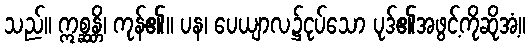
သည်။ ဣစ္ဆန္တိ၊ ကုန်၏။ ပန၊ ပေယျာလ၌ငုပ်သော ပုဒ်၏အဖွင့်ကိုဆိုအံ့။